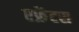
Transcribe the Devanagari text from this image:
एफ्रेंटस